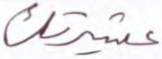
عشيرتك